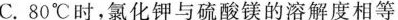
C.80℃时，氯化钾与硫酸镁的溶解度相等